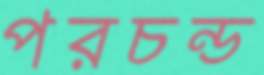
পরচন্ড